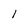
Character: l